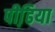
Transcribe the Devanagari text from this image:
पीढि़या